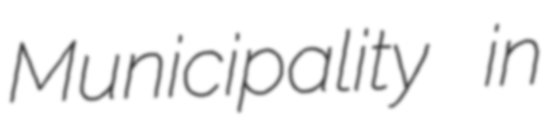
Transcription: Municipality in